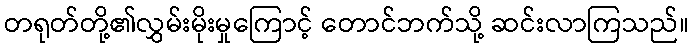
တရုတ်တို့၏လွှမ်းမိုးမှုကြောင့် တောင်ဘက်သို့ ဆင်းလာကြသည်။